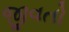
જીવતો